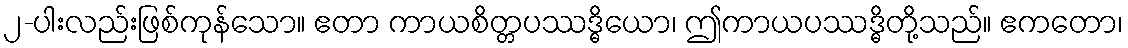
၂-ပါးလည်းဖြစ်ကုန်သော။ ဧတာ ကာယစိတ္တပဿဒ္ဓိယော၊ ဤကာယပဿဒ္ဓိတို့သည်။ ဧကတော၊